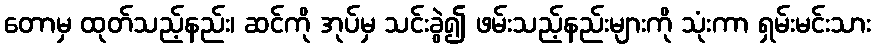
တောမှ ထုတ်သည့်နည်း၊ ဆင်ကို အုပ်မှ သင်းခွဲ၍ ဖမ်းသည့်နည်းများကို သုံးကာ ရှမ်းမင်းသား